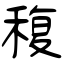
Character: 稪